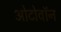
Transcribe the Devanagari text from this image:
ओटोवॉन